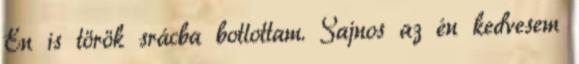
Én is török srácba botlottam. Sajnos az én kedvesem